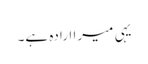
یہی میرا ارادہ ہے۔